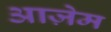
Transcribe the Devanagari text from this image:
आज़ेम